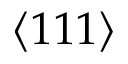
\langle 1 1 1 \rangle